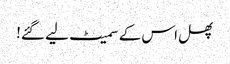
پھل اس کے سمیٹ لیے گئے!